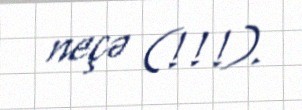
neçə (!!!).